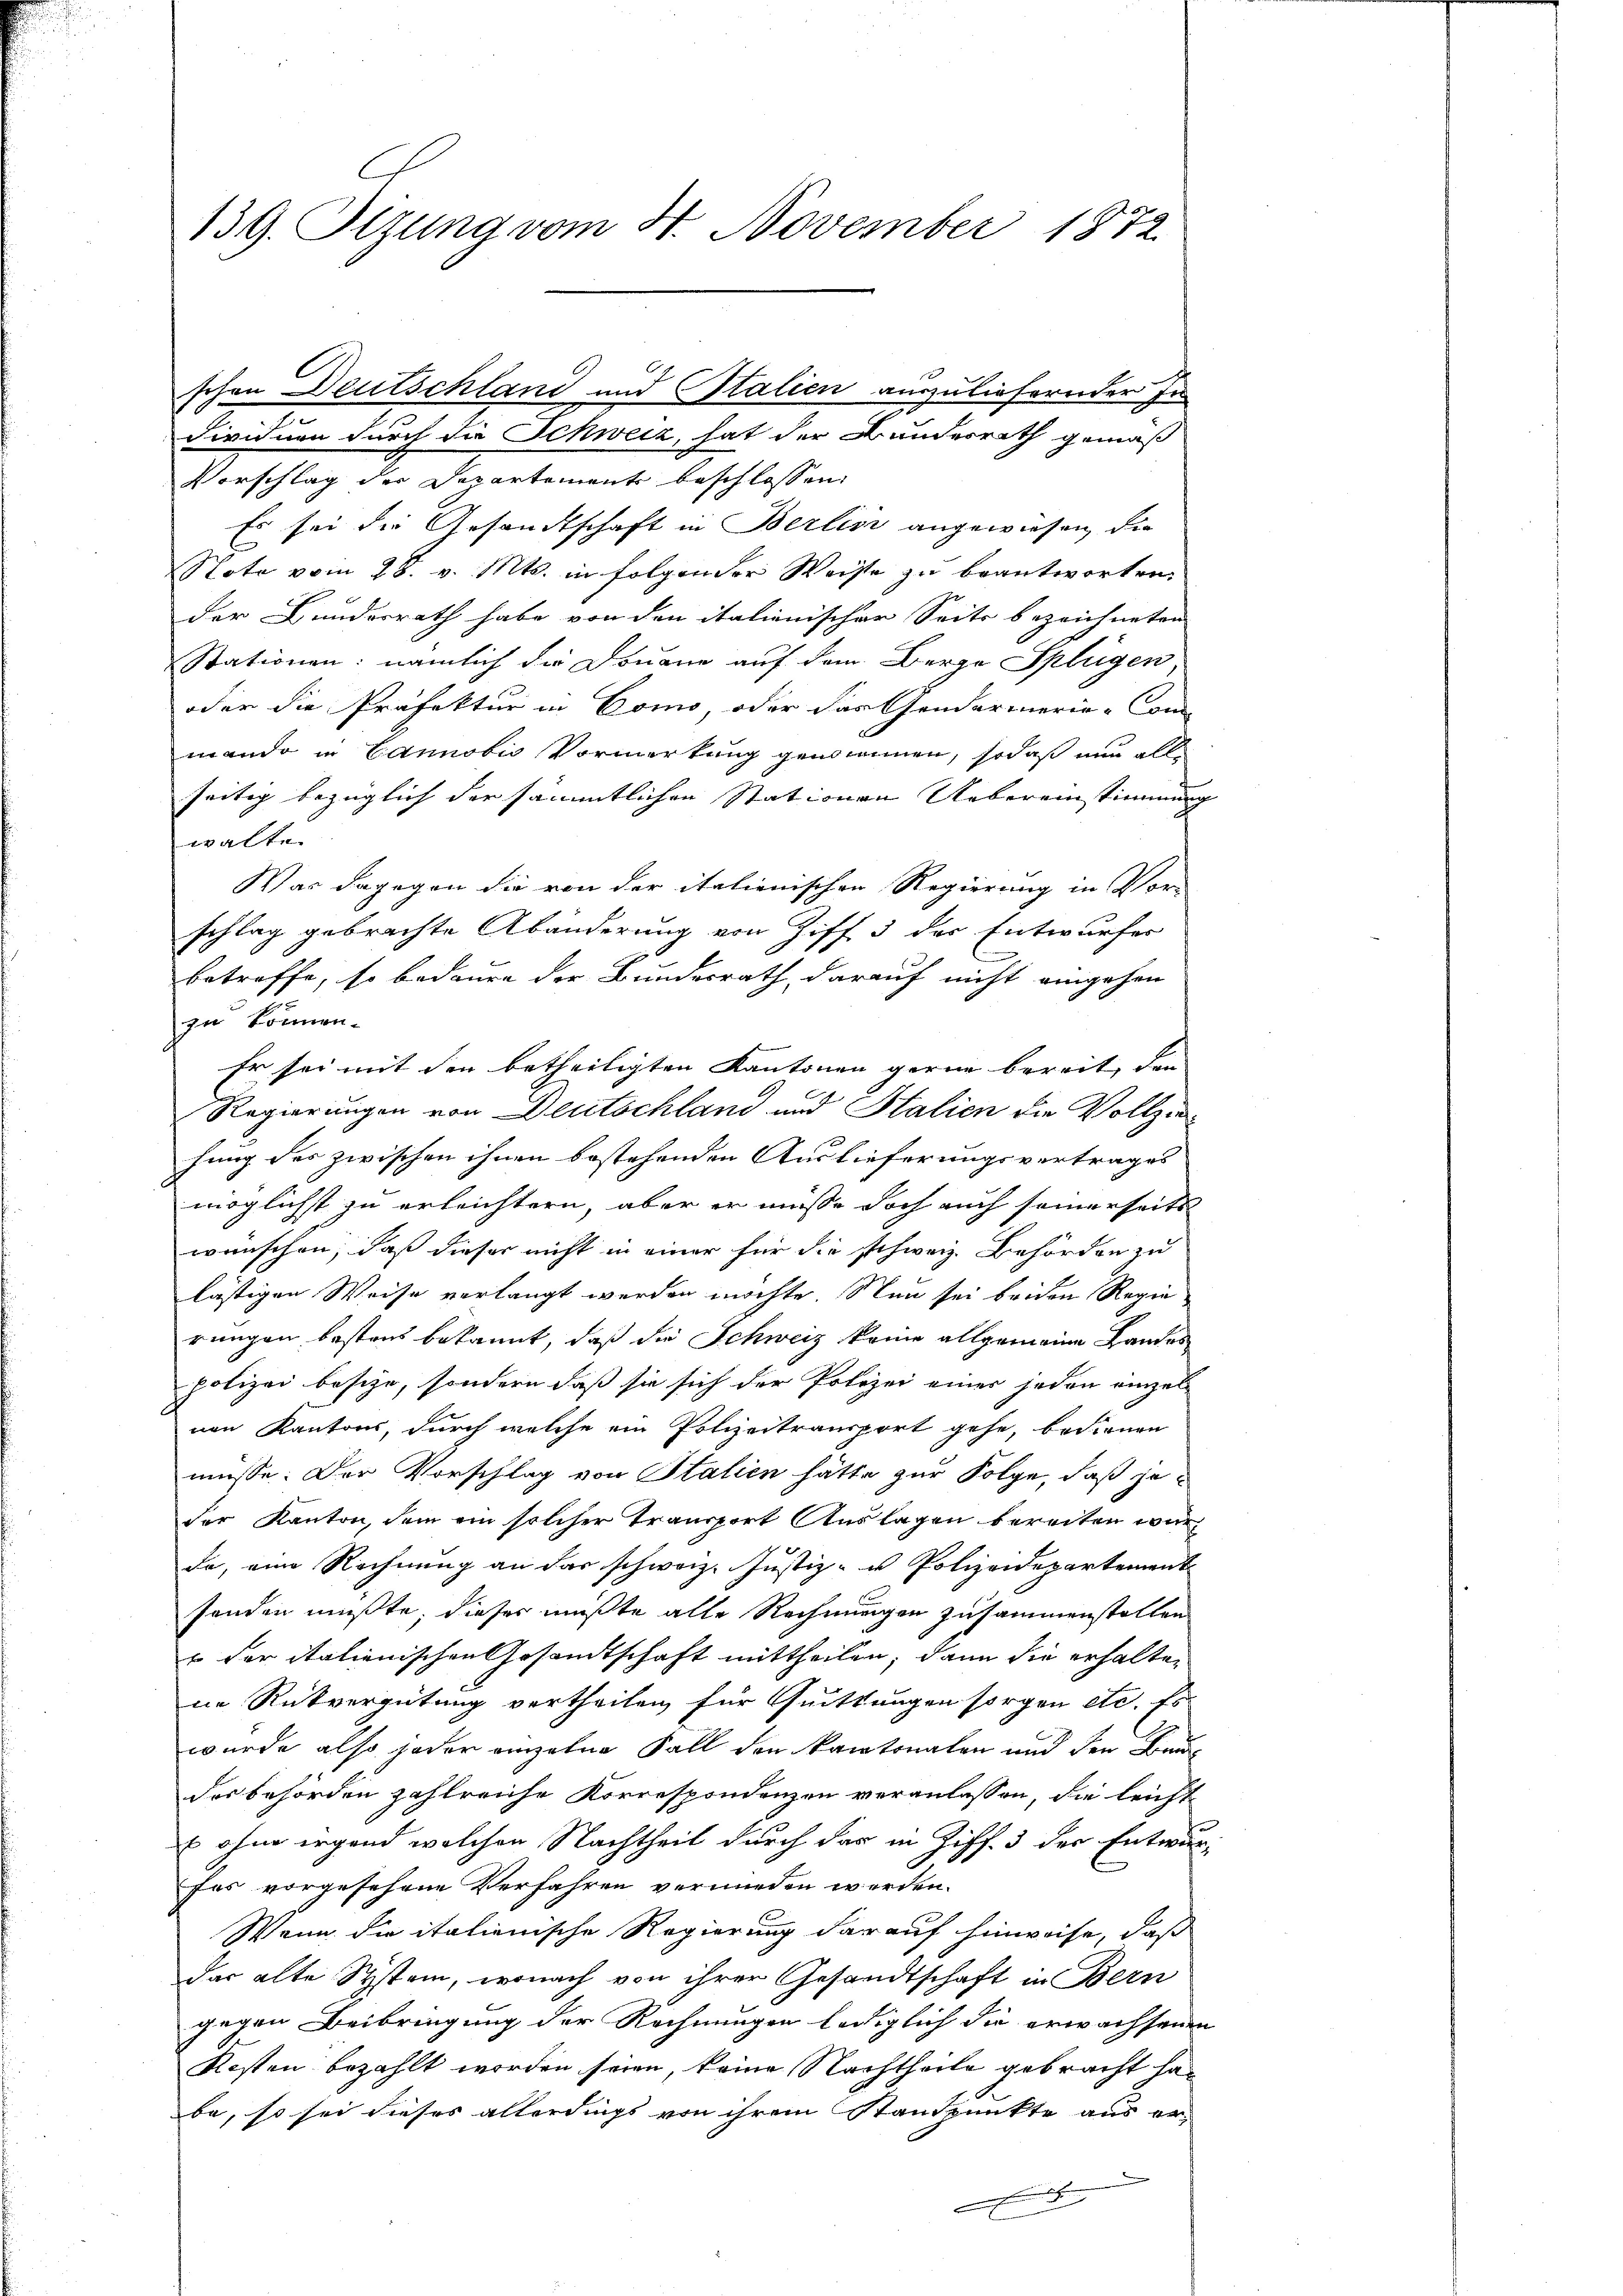
139. Sizung vom 4. November 1872

schen Deutschland und Stalien auszuliefernder In
dividuen durch die Schweiz, hat der Bundesrath gemäß

Vorschlag der Departement beschlossen,
Es sei die Gesandtschaft in Berlin angewiesen, die
Note vom 28. v. Mts. in folgender Weise zu beantworten.
der Bundesrath habe von den italienischer Seits bezeichneten
Stationen: nämlich die Douane auf dem Berge Splügen
oder die Präfektur in Como, oder das Gendarmerie-Con-
mando in Cannobis Vormerkung genommen, sodaß nun all
seitig bezüglich der sämmtlichen Stationen Uebereinstimmung
walte
Was dagegen die von der italienischen Regierung in Vor-
schlag gebrachte Abänderung von Ziff 3 der Entwurfes
betreffe, so bedaure der Bundesrath, darauf nicht eingehen
zu können.
Er sei mit den betheiligten Kantonen gerne bereit, den
Regierungen von Deutschland und Stalien die Vollziehung des zwischen ihnen bestehenden Auslieferungsvertrages
möglichst zu erleichtern, aber er müsse doch auch seinerseits
wünschen, daß dieser nicht in einer für die schweiz. Behörden zu
lästigen Weise verlangt werden möchte. Nun sei beiden Regie
rungen bestens bekannt, daß die Schweiz keine allgemeine Handes
polizei besche, sondern daß sie sich der Polizei einer jeden einzelnen Kantons, durch welche ein Polizeitransport gehe, bedienen
müsse. Der Vorschlag von Stalien hätte zur Folge, daß je
der Kanton, dem ein solcher transport Auslagen bereiten war
da, ein Rechnung an das schweiz. Justiz- u Polizeidepartement
handen müßte, dieses mußte alle Rechnungen zusammenstellen
r der italienischen Gesandtschaft mittheilen, dann die erhalten
ne Rückvergütung vertheilen für Quittungen sorgen etc. Es
wurde also jeder einzelne Fall den kantonalen und den Bundes behörden zahlreiche Korrespondenzen veranlassen, die leicht
E ohne irgend welchen Nachtheil durch das in Ziff. 3 der Entwur¬
9
fes vorgesehene Verfahren vermieden werden.
Wenn die italienische Regierung darauf hinweise, daß
das alte System, wonach von ihrer Gesandtschaft in Bern
gegen Beibringung der Rechnungen lediglich die erwachsenen
Kosten bezahlt worden seien, keine Nachtheile gebracht habe, so sei dieses allerdings von ihrem Standpunkte aus er-
F